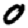
Digit: 0